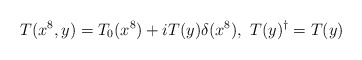
\begin{align*}T(x^8,y)=T_0(x^8)+iT(y)\delta(x^8) , \ T(y)^{\dag}=T(y)\end{align*}